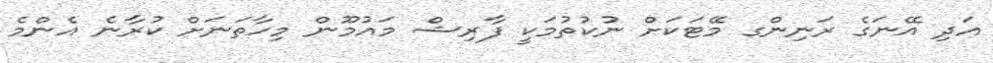
އަދި އޭނަގެ ރަނިންގ މޭޓަކަށް ނުކުތުމަކީ ފާރިޝް މައުމޫން މިހާތަނަށް ކުރާނެ އެންމެ